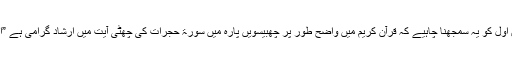
حالانکہ فریق اول کو یہ سمجھنا چاہیے کہ قرآن کریم میں واضح طور پر چھبیسویں پارہ میں سورۃ حجرات کی چھٹی آیت میں ارشاد گرامی ہے ”اے ایمان والو!